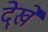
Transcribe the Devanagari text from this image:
दे्खें